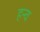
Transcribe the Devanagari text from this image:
हन्व